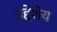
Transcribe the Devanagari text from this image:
उद्देशेय